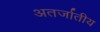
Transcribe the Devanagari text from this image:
अतर्जातीय